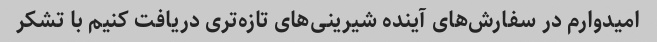
امیدوارم در سفارش‌های آینده شیرینی‌های تازه‌تری دریافت کنیم با تشکر